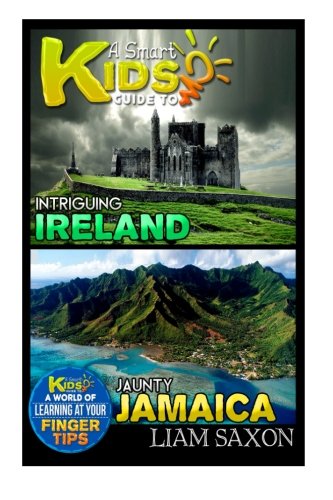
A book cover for A Smart Kids Guide To INTRIGUING IRELAND AND JAUNTY JAMAICA: A World Of Learning At Your Fingertips; Liam Saxon; Travel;